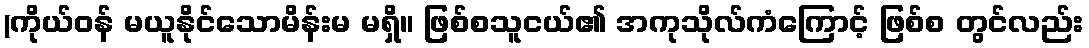
(ကိုယ်ဝန် မယူနိုင်သောမိန်းမ မရှိ။ ဖြစ်စသူငယ်၏ အကုသိုလ်ကံကြောင့် ဖြစ်စ တွင်လည်း